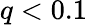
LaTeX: q<0.1